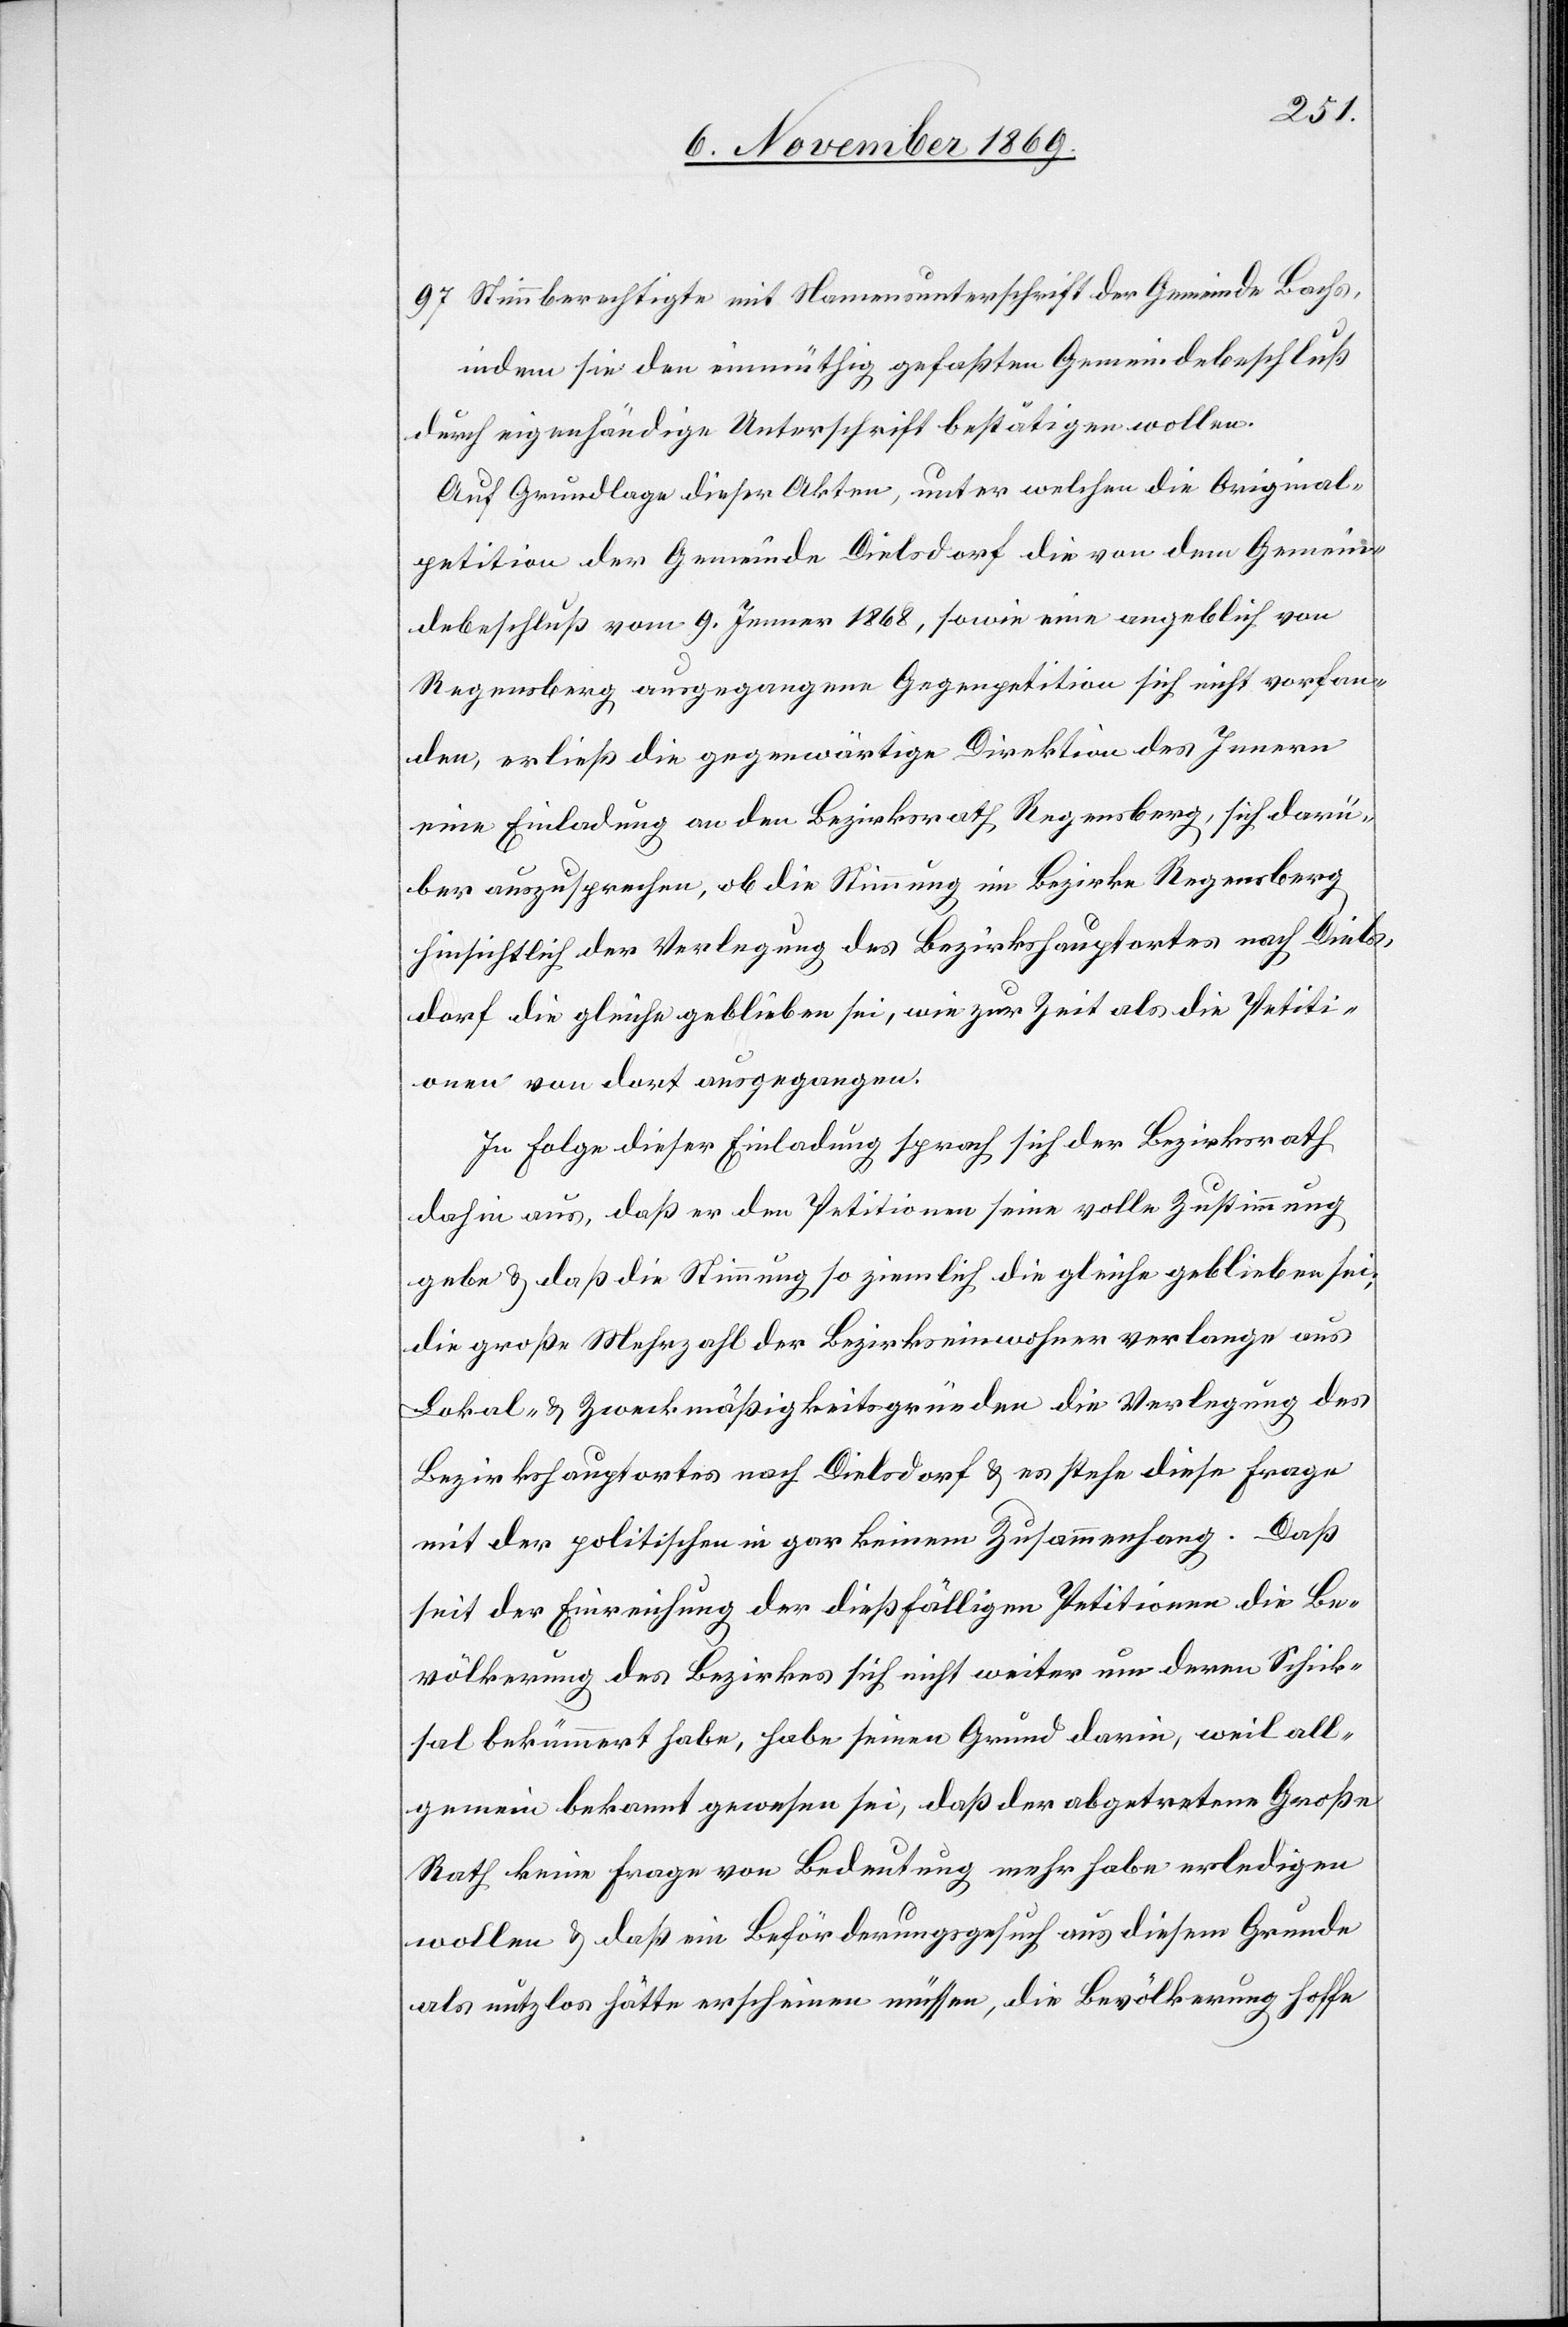
indem sie den einmüthig gefaßten Gemeindebeschluß
durch eigenhändige Unterschrift bestätigen wollen.
Auf Grundlage dieser Akten, unter welchen die Original¬
petition der Gemeinde Dielsdorf die von dem Gemein¬
debeschluß vom 9. Jenner 1868, sowie eine angeblich von
Regensberg ausgegangene Gegenpetition sich nicht vorfan¬
den, erließ die gegenwärtige Direktion des Innern
eine Einladung an den Bezirksrath Regensberg, sich darü¬
ber auszusprechen, ob die Stimmung im Bezirke Regensberg
hinsichtlich der Verlegung des Bezirkshauptortes nach Diels¬
dorf die gleiche geblieben sei, wie zur Zeit als die Petiti¬
onen von dort ausgegangen.
In Folge dieser Einladung sprach sich der Bezirksrath
dahin aus, daß er den Petitionen seine volle Zustimmung
gebe & das die Stimmung so ziemlich die gleiche geblieben sei;
die große Mehrzahl der Bezirkseinwohner verlange aus
Lokal- & Zweckmäßigkeitsgründen die Verlegung des
Bezirkshauptortes nach Dielsdorf & es stehe diese Frage
mit der politischen in gar keinem Zusammenhang. Daß
seit der Einreichung der dießfälligen Petitionen die Be¬
völkerung des Bezirkes sich nicht weiter um deren Schick¬
sal bekümmert habe, habe seinen Grund darin, weil all¬
gemein bekannt gewesen sei, daß der abgetretene Große
Rath keine Frage von Bedeutung mehr habe erledigen
wollen & daß ein Beförderungsgesuch aus diesem Grunde
als nutzlos hätte erscheinen müssen, die Bevölkerung hoffe